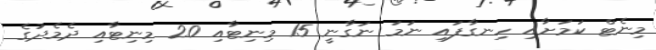
މިނެޓް ކަމަށާއި ހިނގާފައި ނަމަ ނަގާނީ 15 މިނިޓާއި 20 މިނިޓާއި ދެމެދުގެ